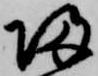
帰